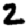
Digit: 2